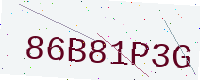
Text: 86B81P3G